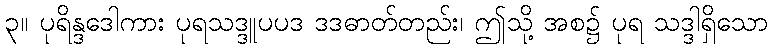
၃။ ပုရိန္ဒဒေါကား ပုရသဒ္ဒူပပဒ ဒဒဓာတ်တည်း၊ ဤသို့ အစ၌ ပုရ သဒ္ဒါရှိသော